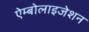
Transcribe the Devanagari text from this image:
ऐम्बोलाइजेशन